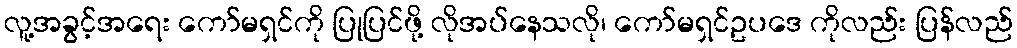
လူ့အခွင့်အရေး ကော်မရှင်ကို ပြုပြင်ဖို့ လိုအပ်နေသလို၊ ကော်မရှင်ဥပဒေ ကိုလည်း ပြန်လည်